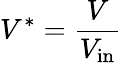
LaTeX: V^{*}=\frac{V}{V_{\mathrm{in}}}